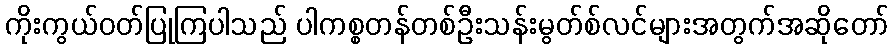
ကိုးကွယ်ဝတ်ပြုကြပါသည် ပါကစ္စတန်တစ်ဦးသန်းမွတ်စ်လင်များအတွက်အဆိုတော်